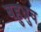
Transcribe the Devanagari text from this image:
बहुध्रुव